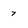
Character: 7